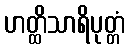
ဟတ္ထိသာရိပုတ္တံ